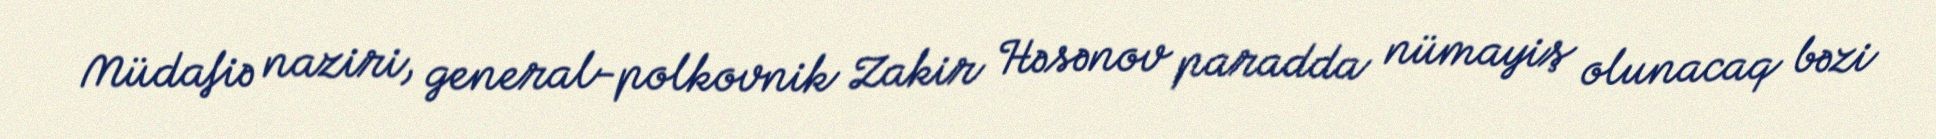
Müdafiə naziri, general-polkovnik Zakir Həsənov paradda nümayiş olunacaq bəzi